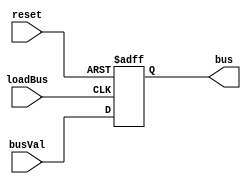

module busDriver(busVal, bus, loadBus, reset);
	input wire[15:0] busVal;
	output reg[15:0] bus;
	input wire loadBus, reset;
	
	
	always @(posedge loadBus or posedge reset) 
	begin
		if(reset == 1) bus <= 16'bz;
		else bus <= busVal;
	end
endmodule